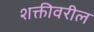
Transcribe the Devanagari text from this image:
शक्तीवरील